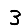
Digit: 3